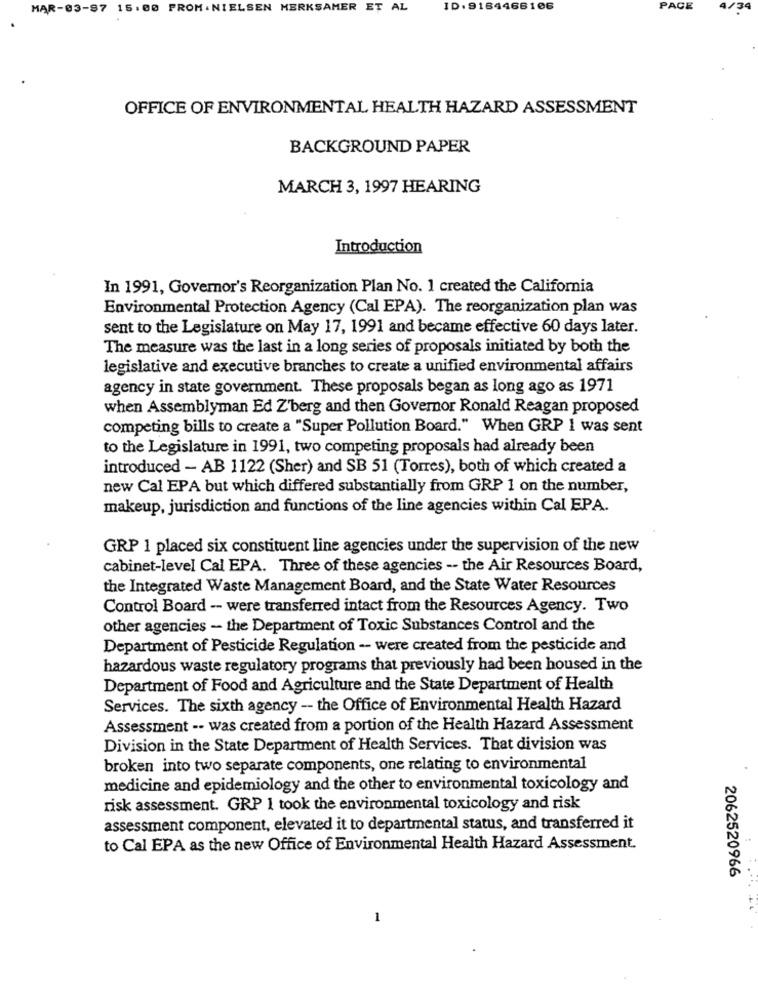
MAR-03-87 15.00 FROM. NIELSEN MERKSAMER ET AL
ID: 9164466106
PACE
/34
OFFICE OF ENVIRONMENTAL HEALTH HAZARD ASSESSMENT
BACKGROUND PAPER
MARCH 3, 1997 HEARING
Introduction
In 1991, Governor's Reorganization Plan No. 1 created the California
Environmental Protection Agency (Cal EPA). The reorganization plan was
sent to the Legislature on May 17, 1991 and became effective 60 days later.
The measure was the last in a long series of proposals initiated by both the
legislative and executive branches to create a unified environmental affairs
agency in state government. These proposals began as long ago as 1971
when Assemblyman Ed Z'berg and then Governor Ronald Reagan proposed
competing bills to create a "Super Pollution Board." When GRP 1 was sent
to the Legislature in 1991, two competing proposals had already been
introduced - AB 1122 (Sher) and SB 51 (Torres), both of which created a
new Cal EPA but which differed substantially from GRP 1 on the number,
makeup, jurisdiction and functions of the line agencies within Cal EPA.
GRP 1 placed six constituent line agencies under the supervision of the new
cabinet-level Cal EPA. Three of these agencies -- the Air Resources Board,
the Integrated Waste Management Board, and the State Water Resources
Control Board -- were transferred intact from the Resources Agency. Two
other agencies - the Department of Toxic Substances Control and the
Department of Pesticide Regulation -- were created from the pesticide and
hazardous waste regulatory programs that previously had been housed in the
Department of Food and Agriculture and the State Department of Health
Services. The sixth agency -- the Office of Environmental Health Hazard
Assessment -- was created from a portion of the Health Hazard Assessment
Division in the State Department of Health Services. That division was
broken into two separate components, one relating to environmental
medicine and epidemiology and the other to environmental toxicology and
risk assessment. GRP 1 took the environmental toxicology and risk
assessment component, elevated it to departmental status, and transferred it
to Cal EPA as the new Office of Environmental Health Hazard Assessment.
2062520966
1